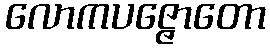
လောကပဇ္ဇောတော